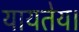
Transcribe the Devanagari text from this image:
यायतेय।